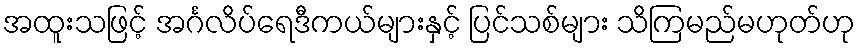
အထူးသဖြင့် အင်္ဂလိပ်ရေဒီကယ်များနှင့် ပြင်သစ်များ သိကြမည်မဟုတ်ဟု